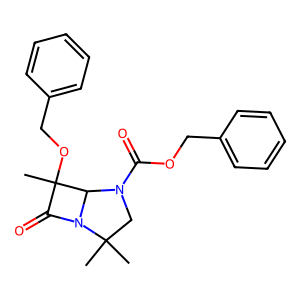
SMILES: CC1(OCc2ccccc2)C(=O)N2C1N(C(=O)OCc1ccccc1)CC2(C)C
Inhibits HIV replication: No